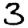
Digit: 3